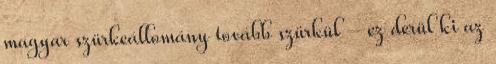
magyar szürkeállomány tovább szürkül – ez derül ki az